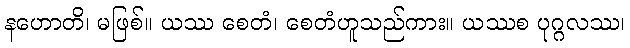
နဟောတိ၊ မဖြစ်။ ယဿ စေတံ၊ စေတံဟူသည်ကား။ ယဿစ ပုဂ္ဂလဿ၊